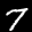
Label: 7